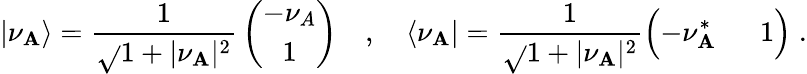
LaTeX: \vert\nu_{\mathbf{A}}\rangle={\frac{{1}}{{\sqrt{}{{1+\vert\nu_{\mathbf{A}}\vert^{2}}}}}}\left(\begin{array}{c}{{-\nu_{A}}}\\ {{1}}\end{array}\right)\quad,\quad\langle\nu_{\mathbf{A}}\vert={\frac{{1}}{{\sqrt{}{{1+\vert\nu_{\mathbf{A}}\vert^{2}}}}}}\Bigl(-\nu_{\mathbf{A}}^{*}\; \quad\; 1\Bigr)\; .